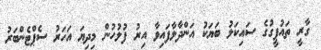
ގާރީ ތައުފީގުގެ ސައިކަލު ބަޔަކު އަންދާލާފައިވާ އިރު ފުލުހުން މިދިޔަ އަހަރު ސެޕްޓެންބަރު